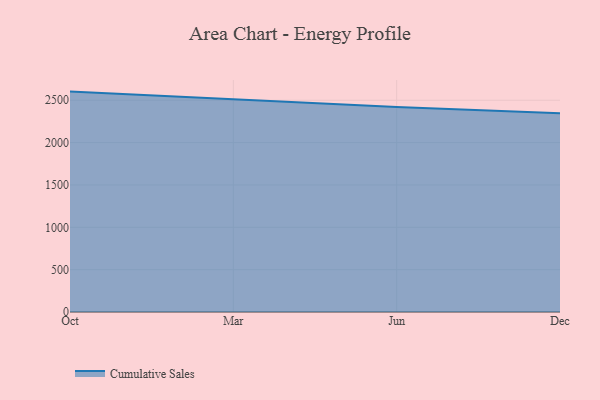
{"axis": {"x": "Month", "y": "Active Users"}, "legend": ["Cumulative Sales"], "data": [{"x": "Oct", "y": 2602.1, "type": "Cumulative Sales"}, {"x": "Mar", "y": 2513.3, "type": "Cumulative Sales"}, {"x": "Jun", "y": 2419.6, "type": "Cumulative Sales"}, {"x": "Dec", "y": 2347.1, "type": "Cumulative Sales"}]}